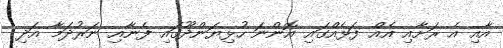
އާއި އެ ރަށާއި އެއް ފަޅެއްގައި އޮންނަ ހުޅިޔަންދޫގައި ފެނާއި ނަރުދަމާ އަދި